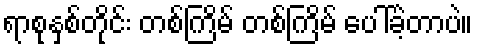
ရာစုနှစ်တိုင်း တစ်ကြိမ် တစ်ကြိမ် ပေါ်ခဲ့တာပဲ။